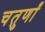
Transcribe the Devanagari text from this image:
चतुर्णां